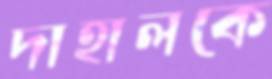
দাহালকে